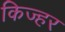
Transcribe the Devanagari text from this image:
किज्हर